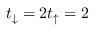
t _ { \downarrow } = 2 t _ { \uparrow } = 2